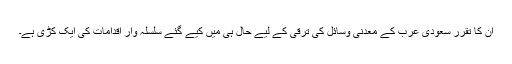
ان کا تقرر سعودی عرب کے معدنی وسائل کی ترقی کے لیے حال ہی میں کیے گئے سلسلہ وار اقدامات کی ایک کڑی ہے۔